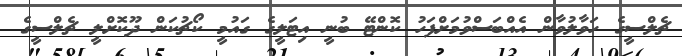
ޗެލްސީގެ ހަވާލުވާން އެއްބަސްވުމަށްފަހު ކޮންޓޭ ބުނީ އިޓަލީގެ ގައުމީ ކޯޗުކަން ދޫކޮށްލީ ޗެލްސީގެ